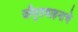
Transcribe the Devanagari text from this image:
जीमूतवाहनाचे